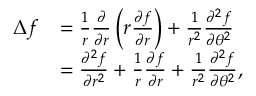
{ \begin{array} { r l } { \Delta f } & { = { \frac { 1 } { r } } { \frac { \partial } { \partial r } } \left( r { \frac { \partial f } { \partial r } } \right) + { \frac { 1 } { r ^ { 2 } } } { \frac { \partial ^ { 2 } f } { \partial \theta ^ { 2 } } } } \\ & { = { \frac { \partial ^ { 2 } f } { \partial r ^ { 2 } } } + { \frac { 1 } { r } } { \frac { \partial f } { \partial r } } + { \frac { 1 } { r ^ { 2 } } } { \frac { \partial ^ { 2 } f } { \partial \theta ^ { 2 } } } , } \end{array} }